Civil Veterinary Dept. Assam report 1911-1927 - 1911-1927
Year: 1911
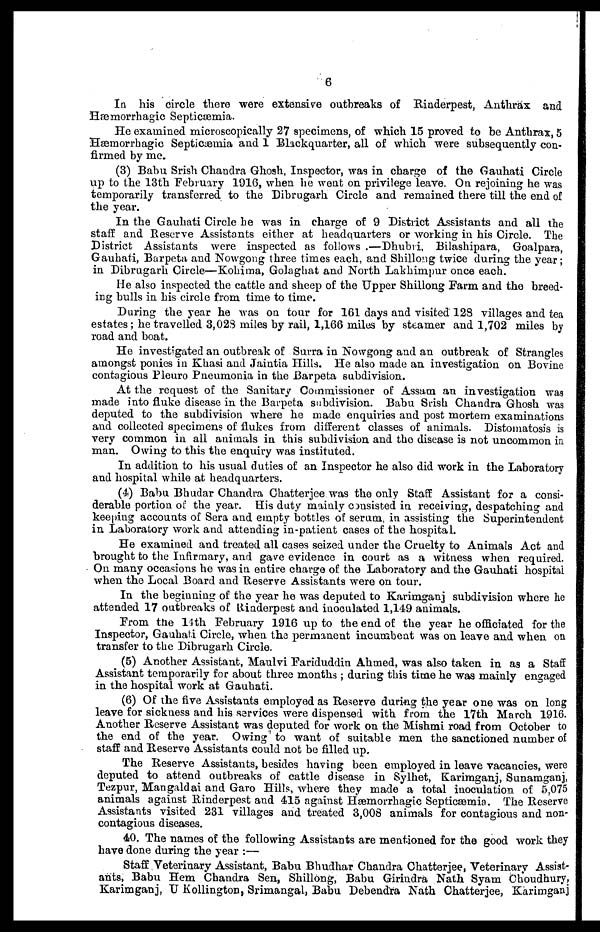
6
In his circle there were extensive outbreaks of Rinderpest, Anthrax and
Hæmorrhagic Septicæmia.
He examined microscopically 27 specimens, of which 15 proved to be Anthrax, 5
Hæmorrhagic Septicæmia and 1 Blackquarter, all of which were subsequently con-
firmed by me.
(3) Babu Srish Chandra Ghosh, Inspector, was in charge of the Gauhati Circle
up to the 13th February 1916, when he went on privilege leave. On rejoining he was
temporarily transferred to the Dibrugarh Circle and remained there till the end of
the year.
In the Gauhati Circle be was in charge of 9 District Assistants and all the
staff and Reserve Assistants either at headquarters or working in his Circle. The
District Assistants were inspected as follows .—Dhubri, Bilashipara, Goalpara,
Gauhati, Barpeta and Nowgong three times each, and Shillong twice during the year;
in Dibrugarh Circle—Kohima, Golaghat and North Lakhimpur once each.
He also inspected the cattle and sheep of the Upper Shillong Farm and the breed-
ing bulls in his circle from time to time.
During the year he was on tour for 161 days and visited 128 villages and tea
estates; he travelled 3,023 miles by rail, 1,166 miles by steamer and 1,702 miles by
road and boat.
He investigated an outbreak of Surra in Nowgong and an outbreak of Strangles
amongst ponies in Khasi and Jaintia Hills. He also made an investigation on Bovine
contagious Pleuro Pneumonia in the Barpeta subdivision.
At the request of the Sanitary Commissioner of Assam an investigation was
made into fluke disease in the Barpeta subdivision. Babu Srish Chandra Ghosh was
deputed to the subdivision where he made enquiries and post mortem examinations
and collected specimens of flukes from different classes of animals. Distomatosis is
very common in all animals in this subdivision and the disease is not uncommon in
man. Owing to this the enquiry was instituted.
In addition to his usual duties of an Inspector he also did work in the Laboratory
and hospital while at headquarters.
(4) Babu Bhudar Chandra Chatterjee was the only Staff Assistant for a consi-
derable portion of the year. His duty mainly consisted in receiving, despatching and
keeping accounts of Sera and empty bottles of serum, in assisting the Superintendent
in Laboratory work and attending in-patient cases of the hospital.
He examined and treated all cases seized under the Cruelty to Animals Act and
brought to the Infirmary, and gave evidence in court as a witness when required.
On many occasions he was in entire charge of the Laboratory and the Gauhati hospital
when the Local Board and Reserve Assistants were on tour.
In the beginning of the year he was deputed to Karimganj subdivision where he
attended 17 outbreaks of Rinderpest and inoculated 1,149 animals.
Prom the 14th February 1916 up to the end of the year he officiated for the
Inspector, Gauhati Circle, when the permanent incumbent was on leave and when on
transfer to the Dibrugarh Circle.
(5) Another Assistant, Maulvi Fariduddin Ahmed, was also taken in as a Staff
Assistant temporarily for about three months ; during this time he was mainly engaged
in the hospital work at Gauhati.
(6) Of the five Assistants employed as Reserve during the year one was on long
leave for sickness and his services were dispensed with from the 17th March 1916.
Another Reserve Assistant was deputed for work on the Mishmi road from October to
the end of the year. Owing to want of suitable men the sanctioned number of
staff and Reserve Assistants could not be filled up.
The Reserve Assistants, besides having been employed in leave vacancies, were
deputed to attend outbreaks of cattle disease in Sylhet, Karimganj, Sunamganj,
Tezpur, Mangaldai and Garo Hills, where they made a total inoculation of 5,075
animals against Rinderpest and 415 against Hæmorrhagic Septicæmia. The Reserve
Assistants visited 231 villages and treated 3,008 animals for contagious and non-
contagious diseases.
40. The names of the following Assistants are mentioned for the good work they
have done during the year :—
Staff Veterinary Assistant, Babu Bhudhar Chandra Chatterjee, Veterinary Assist-
ants, Babu Hem Chandra Sen, Shillong, Babu Girindra Nath Syam Choudhury,
Karimganj, U Kollington, Srimangal, Babu Debendra Nath Chatterjee, Karimganj